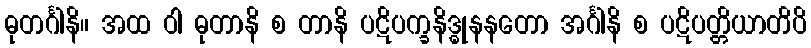
ဓုတင်္ဂါနိ။ အထ ဝါ ဓုတာနိ စ တာနိ ပဋိပက္ခနိဒ္ဓုနနတော အင်္ဂါနိ စ ပဋိပတ္တိယာတိပိ